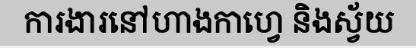
ការងារនៅហាងកាហ្វេ និងស្វ័យ